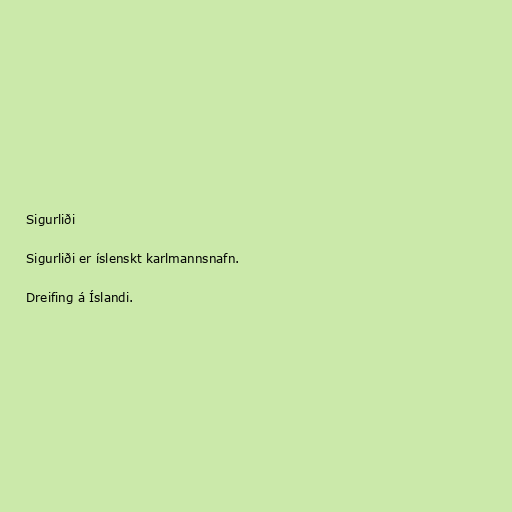
Sigurliði

Sigurliði er íslenskt karlmannsnafn.

Dreifing á Íslandi.